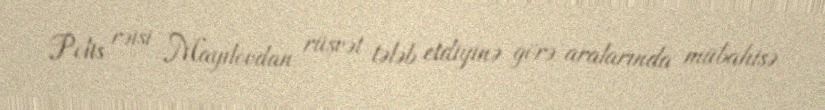
Polis rəisi Mayılovdan rüşvət tələb etdiyinə görə aralarında mübahisə